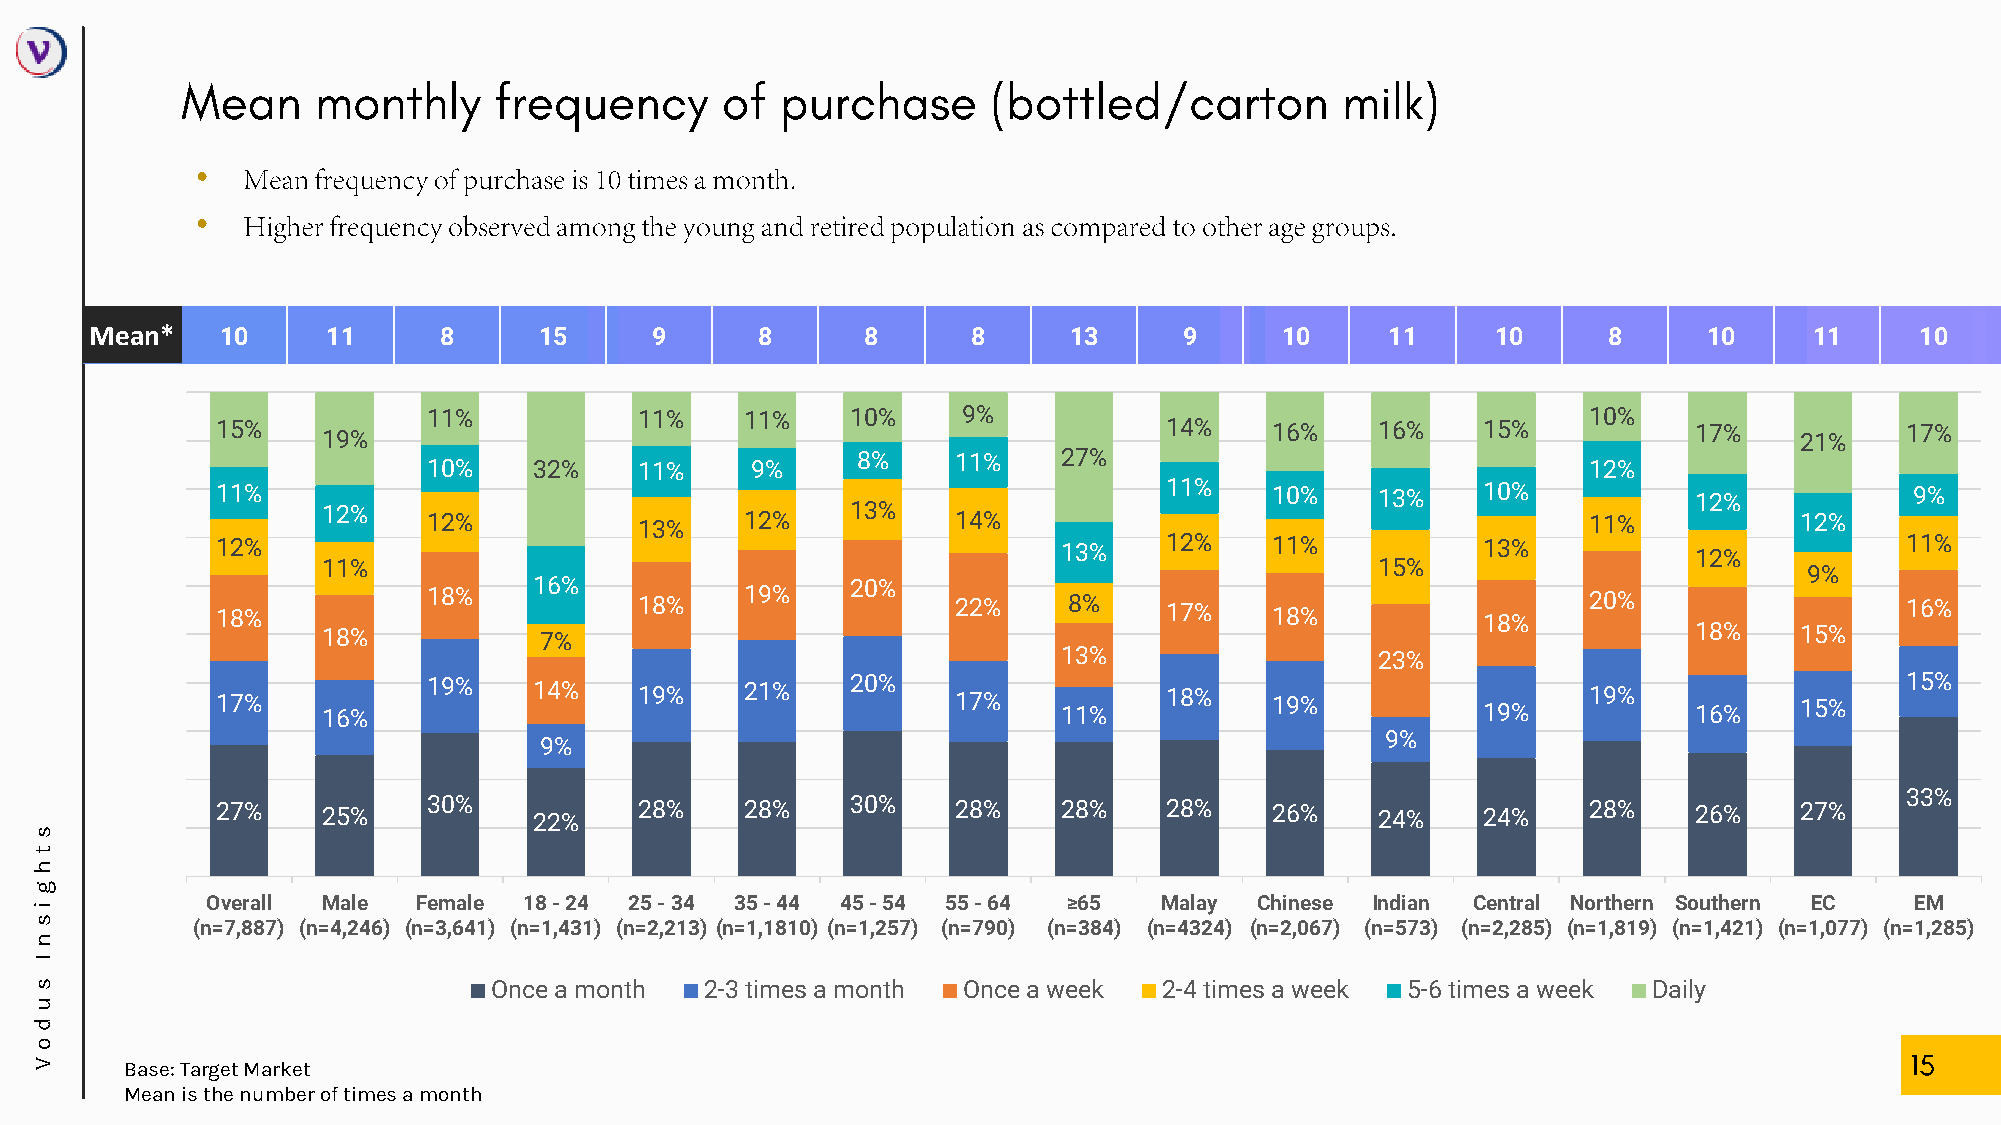
•
 •
 Mean*    10     11     8      15     9      8      8      8      13     9      10     11     10     8      10     11     10
 11%           11%    11%    10%     9%                                       10%
 15%    19%                                                     14%    16%    16%    15%           17%    21%    17%
 10%    32%    11%     9%     8%    11%    27%                                12%
 11%                                                            11%    10%    13%    10%           12%            9%
 12%    12%           13%    12%    13%    14%                                       11%           12%
 12%                                                     13%    12%    11%           13%           12%           11%
 11%                                                                   15%                          9%
 16%                  20%
 18%           18%           18%    19%           22%     8%    17%    18%           18%    20%                  16%
 18%            7%                                                                          18%    15%
 13%                  23%
 17%    16%    19%    14%    19%    21%    20%    17%    11%    18%    19%           19%    19%    16%    15%    15%
 9%                                                      9%
 33%
 27%    25%    30%    22%    28%    28%    30%    28%    28%    28%    26%    24%    24%    28%    26%    27%
 s
 t
 h
 g
 i           Overall Male  Female 18 - 24 25 - 34 35 - 44 45 - 54 55 - 64 ≥65 Malay Chinese Indian Central Northern Southern EC EM
 s          (n=7,887) (n=4,246) (n=3,641) (n=1,431) (n=2,213) (n=1,1810) (n=1,257) (n=790) (n=384) (n=4324) (n=2,067) (n=573) (n=2,285) (n=1,819) (n=1,421) (n=1,077) (n=1,285)
 n
 I
 s                             Once a month   2-3 times a month Once a week 2-4 times a week 5-6 times a week Daily
 u
 d
 o
 V     Base: Target Market
 Mean is the number of times a month